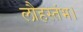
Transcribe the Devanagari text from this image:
लौहस्तंभ।